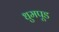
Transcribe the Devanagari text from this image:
धुमपूड